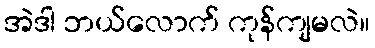
အဲဒါ ဘယ်လောက် ကုန်ကျမလဲ။